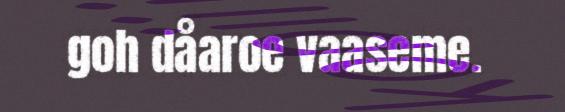
goh dåaroe vaaseme.